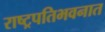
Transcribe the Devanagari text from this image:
राष्ट्रपतिभवनात